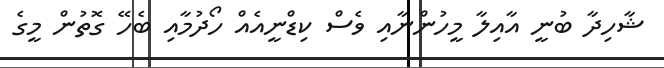
ޝާހިދާ ބުނީ އާއިލާ މީހުންނާއި ވެސް ކިޑްނީއެއް ހޯދުމާއި ބެހޭ ގޮތުން މީގެ